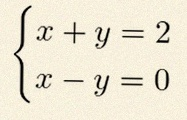
\begin{cases}x+y=2\\x-y=0\end{cases}